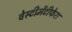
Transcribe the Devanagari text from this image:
वेस्टीमेंटीफेरा